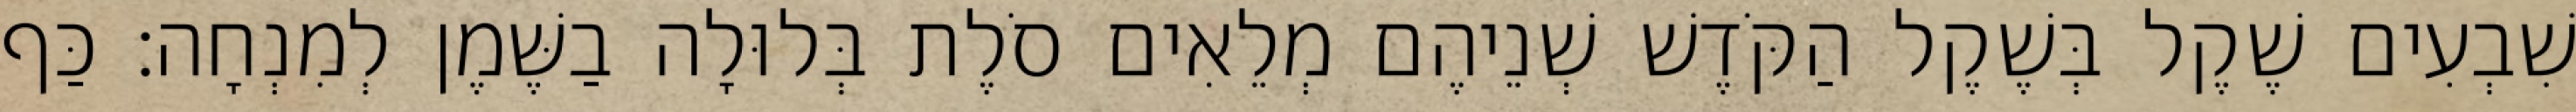
שִׁבְעִים שֶׁקֶל בְּשֶׁקֶל הַקֹּדֶשׁ שְׁנֵיהֶם מְלֵאִים סֹלֶת בְּלוּלָה בַשֶּׁמֶן לְמִנְחָה׃ כַּף